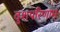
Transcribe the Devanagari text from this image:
दुशपरिणाम